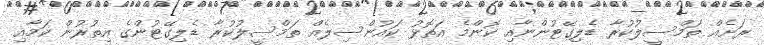
ރަށެއް ތަމްސީލުކުރާ ޑެލިގޭޓުންނާއި ކޮންމެ އަތޮޅު ކައުންސިލެއް ތަމްސީލުކުރާ ޑެލިގޭޓުންގެ އިތުރުން ކަމާއި